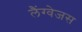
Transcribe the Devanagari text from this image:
लैंग्वेजस